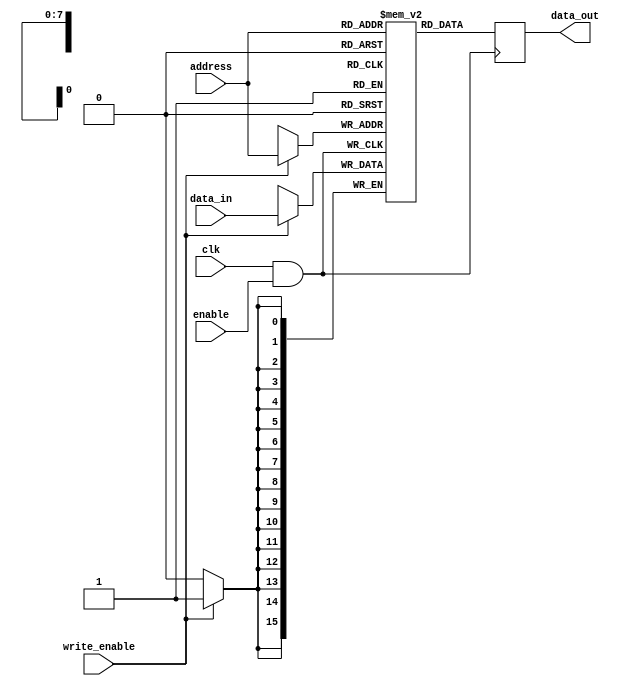
module memory_block (
    input wire clk,            // Main clock input
    input wire enable,         // Enable signal for clock gating
    input wire [7:0] address,  // Memory address input
    input wire [15:0] data_in, // Data input for write operations
    input wire write_enable,    // Write enable signal
    output reg [15:0] data_out  // Data output for read operations
);

    // Memory Declaration
    reg [15:0] mem [0:255]; // 256 x 16-bit Memory

    // Clock Gating Logic
    wire gated_clk;
    assign gated_clk = clk & enable;  // Gated clock using AND logic

    // Write Operation
    always @(posedge gated_clk) begin
        if (write_enable) begin
            mem[address] <= data_in; // Write data to memory
	    end
    end

    // Read Operation
    always @(negedge gated_clk) begin
        data_out <= mem[address]; // Read data from memory on negative edge
    end

endmodule